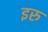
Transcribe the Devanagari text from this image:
इरु